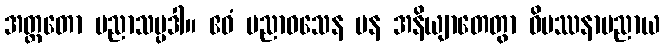
အတ္ထတော ပညာသမ္ပဒါ။ ဧဝံ ပညာဝသေန ပန အနိယျာတေတွာ ဝိပဿနာပညာယ